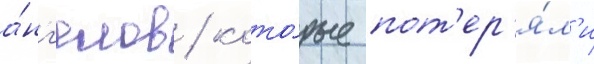
а́нг'елов / кото́рые пот'ер'я́л'и